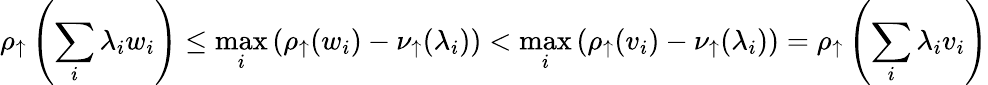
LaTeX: \rho_{\uparrow}\left(\sum_{i}\lambda_{i}w_{i}\right)\leq\operatorname*{max}_{i}\left(\rho_{\uparrow}(w_{i})-\nu_{\uparrow}(\lambda_{i})\right)<\operatorname*{max}_{i}\left(\rho_{\uparrow}(v_{i})-\nu_{\uparrow}(\lambda_{i})\right)=\rho_{\uparrow}\left(\sum_{i}\lambda_{i}v_{i}\right)